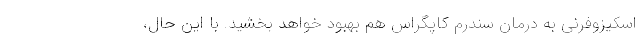
اسکیزوفرنی به درمان سندرم کاپگراس هم بهبود خواهد بخشید. با این حال،